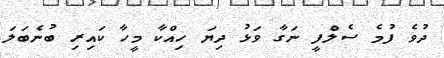
ދުވެ ފުމެ ސެލްފީ ނަގާ ވަޅު ދިޔަ ހިއްކާ މީހާ ކައިރި ބުނެބަލަ